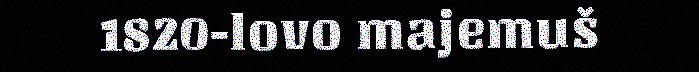
1820-lovo majemuš